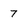
Character: 7